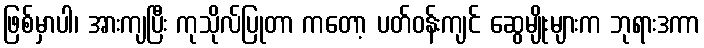
ဖြစ်မှာပါ၊ အားကျပြီး ကုသိုလ်ပြုတာ ကတော့ ပတ်ဝန်းကျင် ဆွေမျိုးများက ဘုရားဒကာ